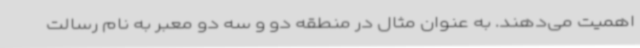
اهمیت می‌دهند. به عنوان مثال در منطقه دو و سه دو معبر به نام رسالت